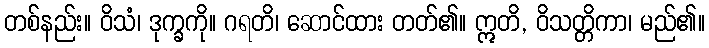
တစ်နည်း။ ဝိသံ၊ ဒုက္ခကို။ ဂရတိ၊ ဆောင်ထား တတ်၏။ ဣတိ, ဝိသတ္တိကာ၊ မည်၏။